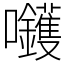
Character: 𡆇